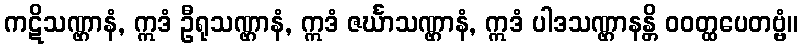
ကဋိသဏ္ဌာနံ, ဣဒံ ဦရုသဏ္ဌာနံ, ဣဒံ ဇင်္ဃာသဏ္ဌာနံ, ဣဒံ ပါဒသဏ္ဌာနန္တိ ဝဝတ္ထပေတဗ္ဗံ။